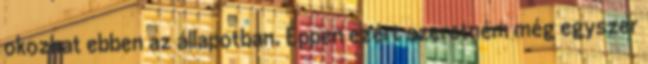
okozhat ebben az állapotban. Éppen ezért szeretném még egyszer